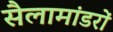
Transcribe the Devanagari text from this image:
सैलामांडरों